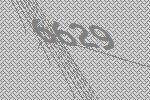
6629